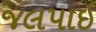
જલપાઈ